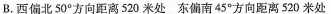
B.西偏北50°方向距离520米处东偏南45°方向距离520米处